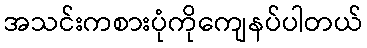
အသင်းကစားပုံကိုကျေနပ်ပါတယ်